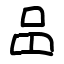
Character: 𠯮